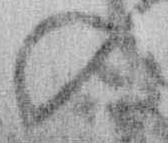
の